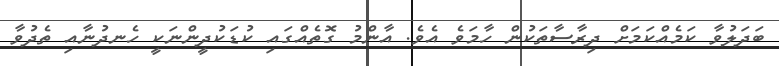
ބަދަލުވާ ކަމެއްކަމަށް ދިރާސާތަކުން ހާމަވެ އެވެ. އާންމު ގޮތެއްގައި ކުޑަކުދީންނަކީ ހެނދުނާއި ތެދުވާ